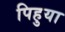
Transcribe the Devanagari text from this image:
पिहुया